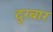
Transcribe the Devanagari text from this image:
दुरबार